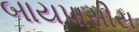
બાયપાસીસ